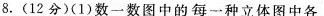
8. (12分) (1) 数一数图中的每一种立体图中各